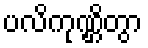
ပလိကုဏ္ဌိတွာ